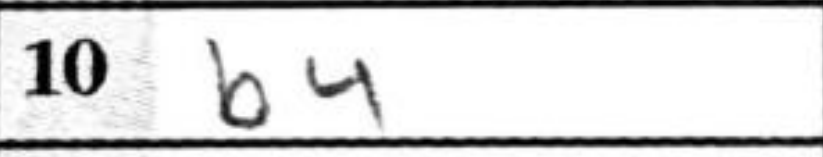
Transcription: b4